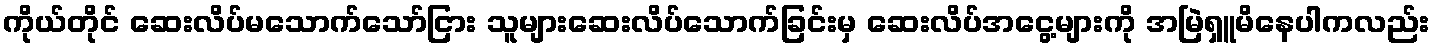
ကိုယ်တိုင် ဆေးလိပ်မသောက်သော်ငြား သူများဆေးလိပ်သောက်ခြင်းမှ ဆေးလိပ်အငွေ့များကို အမြဲရှူမိနေပါကလည်း